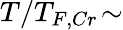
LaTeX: T/T_{F,Cr}\! \sim